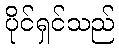
ပိုင်ရှင်သည်